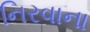
નિરવાના